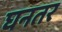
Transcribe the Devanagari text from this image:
घनतर